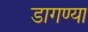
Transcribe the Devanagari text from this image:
डागण्या